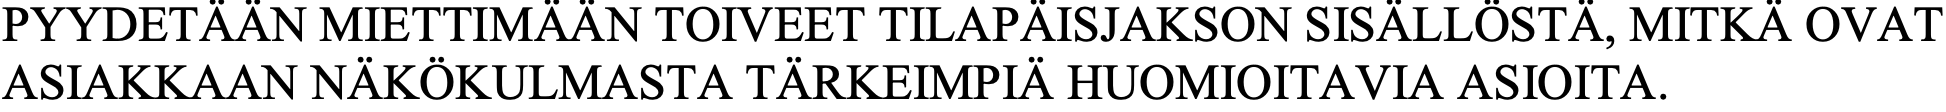
PYYDETÄÄN MIETTIMÄÄN TOIVEET TILAPÄISJAKSON SISÄLLÖSTÄ, MITKÄ OVAT ASIAKKAAN NÄKÖKULMASTA  TÄRKEIMPIÄ HUOMIOITAVIA ASIOITA.